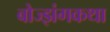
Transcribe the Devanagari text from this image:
बोज्झंगकथा